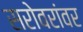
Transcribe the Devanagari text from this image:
सरोवरांवर